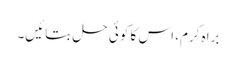
براہ کرم، اس کا کوئی حل بتائیں۔